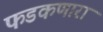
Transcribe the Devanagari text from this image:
फडकणारा